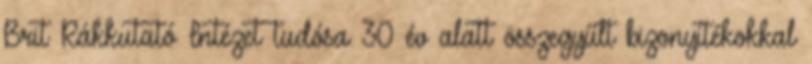
Brit Rákkutató Intézet tudósa 30 év alatt összegyűlt bizonyítékokkal